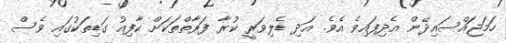
ހަމަޖައްސައިދޭން އެދިފައިވެ އެވެ. އަދި ޑެލިވަރީ ކުރާ ފަރާތްތަކަށް ކާފިއު ގަޑިތަކުގައި ވެސް